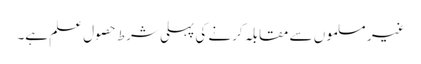
غیر مسلموں سے مقابلہ کرنے کی پہلی شرط حصول علم ہے۔